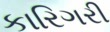
કારિગરી